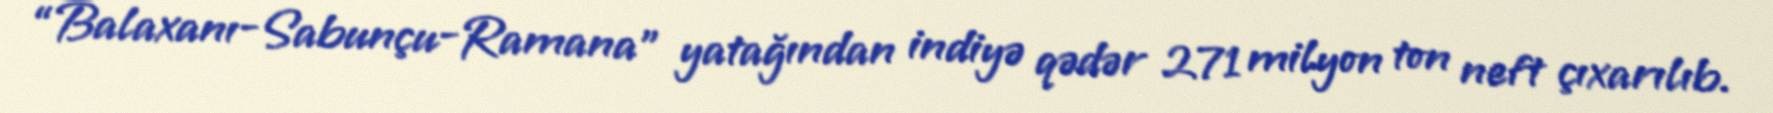
“Balaxanı-Sabunçu-Ramana” yatağından indiyə qədər 271 milyon ton neft çıxarılıb.